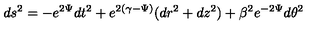
d s ^ { 2 } = - e ^ { 2 \Psi } d t ^ { 2 } + e ^ { 2 ( \gamma - \Psi ) } ( d r ^ { 2 } + d z ^ { 2 } ) + \beta ^ { 2 } e ^ { - 2 \Psi } d \theta ^ { 2 }